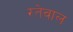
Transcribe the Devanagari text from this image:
रतेवाल